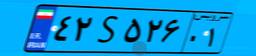
۵۵S۳۲۸۵۵